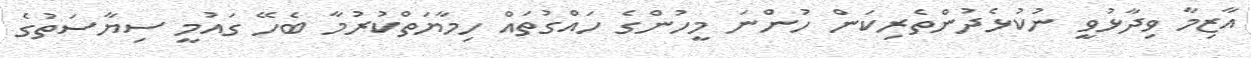
އާޒިމާ ވިދާޅުވީ ނުކުޅެދުންތެރިކަން ހުންނަ މީހުންގެ ހައްގުތައް ހިމާޔަތްކުރުމާ ބެހޭ ގައުމީ ސިޔާސަތުގެ